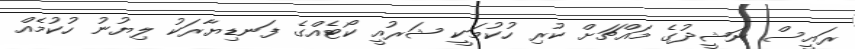
ރައީސް ނަޝީދުގެ މައްޗަށް ކުރި ހުކުމަކީ ޝަރުއީ ކޯޓެއްގެ ފަނޑިޔާރަކު ލިޔުނު ހުކުމެއް